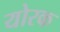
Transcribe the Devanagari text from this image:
योरक